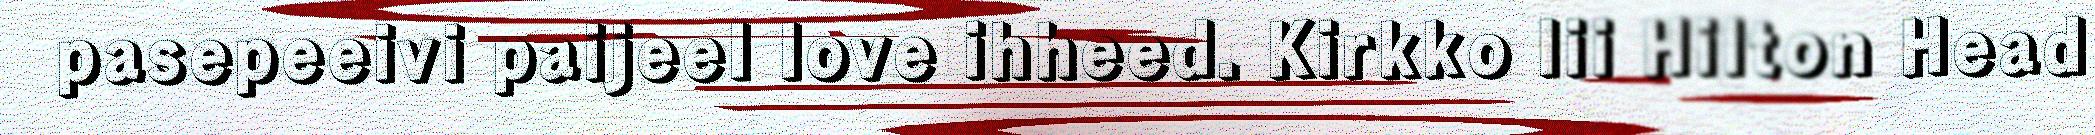
pasepeeivi paijeel love ihheed. Kirkko lii Hilton Head